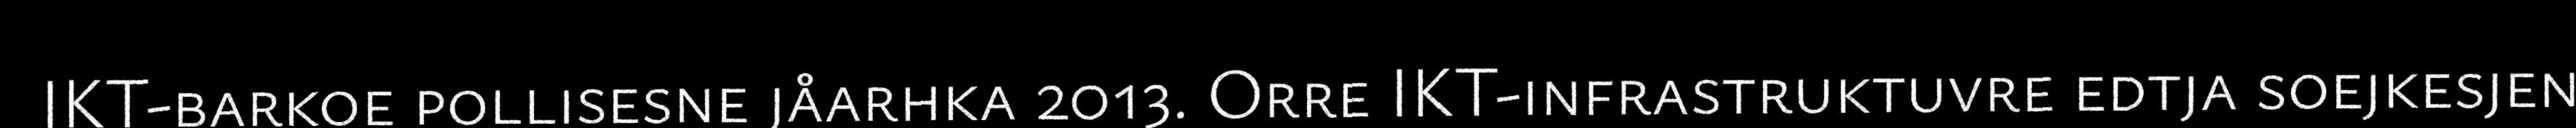
IKT-barkoe pollisesne jåarhka 2013. Orre IKT-infrastruktuvre edtja soejkesjen